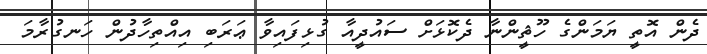
ދެން އޮތީ ޔަމަންގެ ހޫޘީންނާ ދެކޮޅަށް ސައުދީއާ ގުޅިފައިވާ ޢަރަބި އިއްތިހާދުން ހަނގުރާމަ